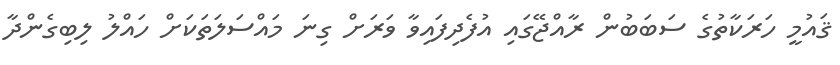
ޤައުމީ ހަރަކާތުގެ ސަބަބުން ރާއްޖޭގައި އުފެދިފައިވާ ވަރަށް ގިނަ މައްސަލަތަކަށް ހައްލު ލިބިގެންދާ